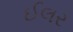
ઈલર